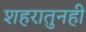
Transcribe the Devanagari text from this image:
शहरातुनही